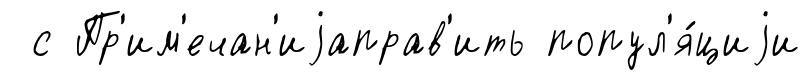
с Пр'им'ечан'иjаправ'ить попул'я́циjи